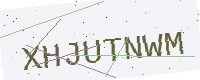
Text: XHJUTNWM